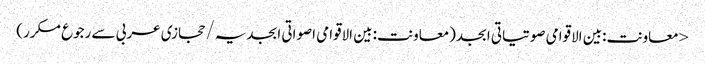
< معاونت:بین الاقوامی صوتیاتی ابجد(معاونت:بین الاقوامی اصواتی ابجدیہ/حجازی عربی سے رجوع مکرر)